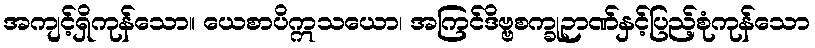
အကျင့်ရှိကုန်သော။ ယေစာပိဣသယော၊ အကြင်ဒိဗ္ဗစက္ခုဉာဏ်နှင့်ပြည့်စုံကုန်သော